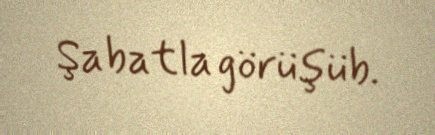
Şabatla görüşüb.